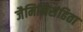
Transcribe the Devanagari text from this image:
जैमिनिसंहिता